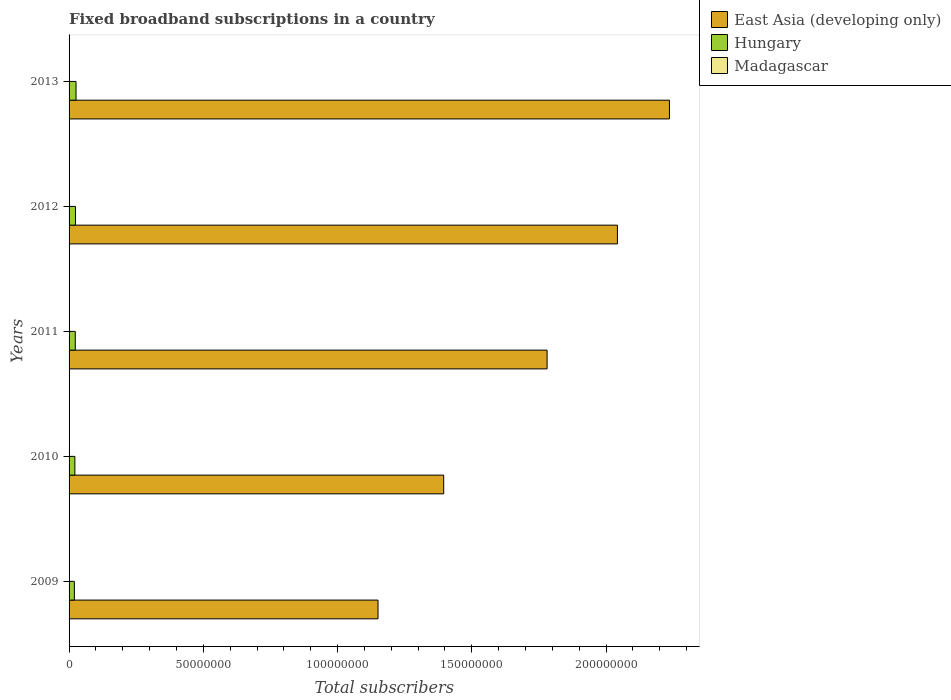
| Years | East Asia (developing only) | Hungary | Madagascar |
 | --- | --- | --- | --- |
 | 2009 | 1.15e+08 | 1.98e+06 | 4.58e+03 |
 | 2010 | 1.4e+08 | 2.16e+06 | 5.39e+03 |
 | 2011 | 1.78e+08 | 2.31e+06 | 6.85e+03 |
 | 2012 | 2.04e+08 | 2.4e+06 | 3.11e+04 |
 | 2013 | 2.24e+08 | 2.6e+06 | 3.8e+04 |